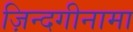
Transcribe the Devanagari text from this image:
ज़िन्दगीनामा